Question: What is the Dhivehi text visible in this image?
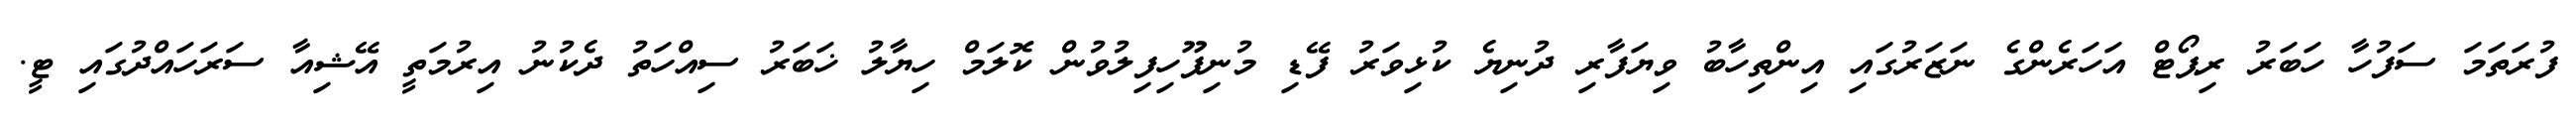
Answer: ފުރަތަމަ ސަފުހާ ހަބަރު ރިޕޯޓް އަހަރެންގެ ނަޒަރުގައި އިންތިހާބު ވިޔަފާރި ދުނިޔެ ކުޅިވަރު ފޭޑި މުނިފޫހިފިލުވުން ކޮލަމް ހިޔާލު ޚަބަރު ސިއްހަތު ދެކުނު އިރުމަތީ އޭޝިއާ ސަރަހައްދުގައި ޓީ.